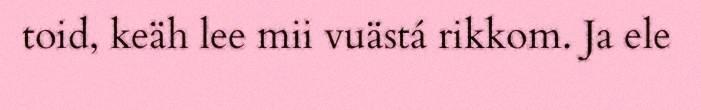
toid, keäh lee mii vuästá rikkom. Ja ele